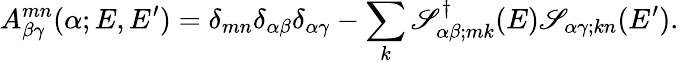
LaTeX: A_{\beta\gamma}^{mn}(\alpha;E,E^{\prime})=\delta_{mn}\delta_{\alpha\beta}\delta_{\alpha\gamma}-\sum_{k}\mathscr{S}_{\alpha\beta;mk}^{\dagger}(E)\mathscr{S}_{\alpha\gamma;kn}(E^{\prime}).